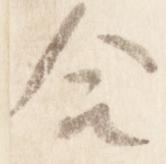
合